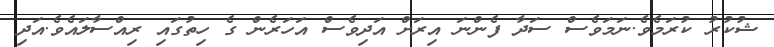
ޝުކުރު ކުރަމެވެ.ނަމަވެސް ސަދާ ފެންނަ އިރަށް އަދިވެސް އަހަރެން ގެ ހިތުގައި ރިއްސާލައެވެ.އަދި